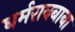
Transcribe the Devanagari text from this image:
धर्मरावबाबा